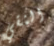
النقي